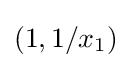
(1,1/x_{1})